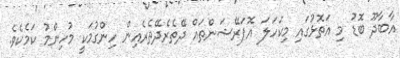
އާބާދޫ ބޮޑު މި އަތޮޅުގައި މިކަހަލަ އޮޕަރޭޝަންތައް ދޭތެރެދޭތެރެއިން ހިންގުމަކީ މުހިންމު ކަމެކެވެ.